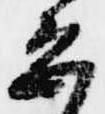
恐